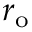
r _ { \mathrm { { o } } }